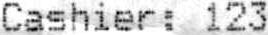
CASHIER: 123